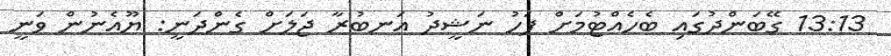
13:13 ގޭބަންދުގައި ބެހެއްޓުމަށް ފަހު ނަޝީދު އަނބުރާ ޖަލަށް ގެންދަނީ: ޔޫއެނުން ވަނީ